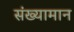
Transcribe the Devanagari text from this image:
संख्यामान